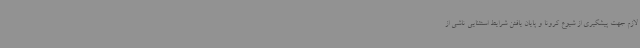
لازم جهت پیشگیری از شیوع کرونا و پایان یافتن شرایط استثنایی ناشی از